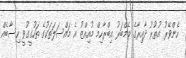
ހެންވޭރު އުތުރު ދާއިރާގެ މެމްބަރު އިބްރާހިމް މުއިއްޒު އެ މައްސަލަތަކުގެ ތަހުގީގުވީ ހިސާބެއް